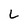
Character: L